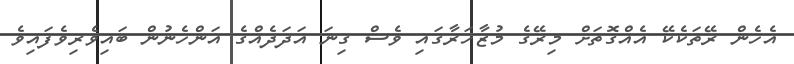
އެހެން ރޭތަކެކޭ އެއްގޮތަށް މިރޭގެ މުޒާހަރާގައި ވެސް ގިނަ އަދަދެއްގެ އަންހެނުން ބައިވެރިވެފައިވެ